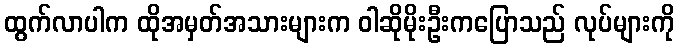
ထွက်လာပါက ထိုအမှတ်အသားများက ဝါဆိုမိုးဦးကပြောသည် လုပ်များကို